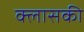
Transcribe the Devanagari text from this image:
क्लासकी